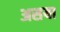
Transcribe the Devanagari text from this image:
असया